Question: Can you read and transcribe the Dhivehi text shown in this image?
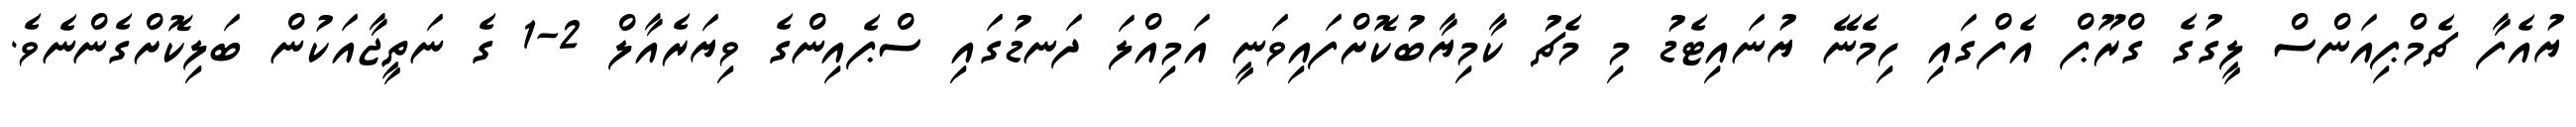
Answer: ޔުއެފާ ޗެމްޕިއަންސް ލީގުގެ ގްރޫޕް އެފްގައި ހިމެނޭ ޔުނައިޓެޑު މި މެޗު ކާމިޔާބުކޮށްފައިވަނީ އަމިއްލަ ދަނޑުގައި ސްޕެއިންގެ ވިޔަރެއާލް 2-1 ގެ ނަތީޖާއަކުން ބަލިކޮށްގެންނެވެ.